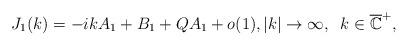
LaTeX: \begin{align*} J_1(k)=-ik A_1+B_1+QA_1+o(1),|k|\to\infty,\;\;k\in \overline{\mathbb{C}}^{+},\end{align*}